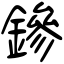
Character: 鏒